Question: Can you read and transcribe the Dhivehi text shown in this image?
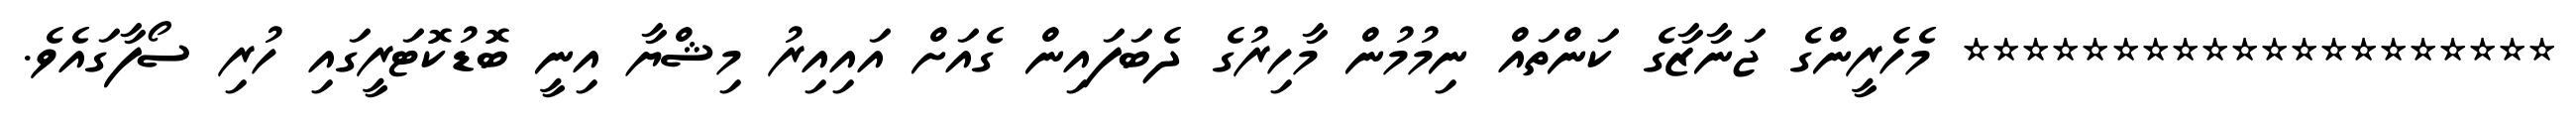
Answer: ******************** މެހެރީންގެ ޖަނާޒާގެ ކަންތައް ނިމުމުން މާހިރުގެ ދެބަފައިން ގެއަށް އައިއިރު މިޝްޔާ އިނީ ބޮޑުކޮޓަރީގައި ހުރި ސޯފާގައެވެ.